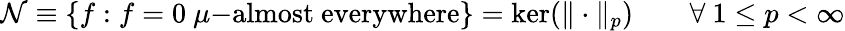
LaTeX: {\mathcal{N}}\equiv\{ f:f=0\ \mu{\mathrm{-almost~everywhere}}\} =\ker(\| \cdot\| _{p})\qquad\forall\ 1\leq p<\infty